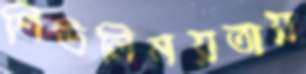
শিউলিময়তায়